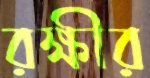
রক্ষীর